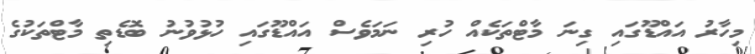
މިހާރު އައްޑޫގައި ގިނަ މާޓްތަކެއް ހުރި ނަމަވެސް އައްޑޫގައި ހުޅުވުނު ބޮޑެތި މާޓްތަކުގެ